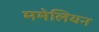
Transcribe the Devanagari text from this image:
ममेलियन